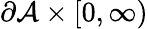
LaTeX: \partial\mathcal{A}\times[0,\infty)